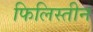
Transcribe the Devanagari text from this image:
फिलिस्‍तीन